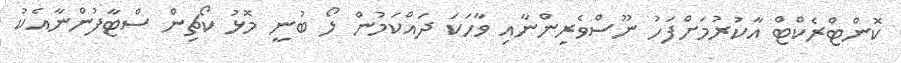
ކޮންޓްރެކްޓް އާކުރުމަށްފަހު ނޫސްވެރިންނާއި ވާހަކަ ދައްކަމުން ލޯ ބުނީ މޮޅު ކޯޗިން ސްޓާފުންނާއެކު